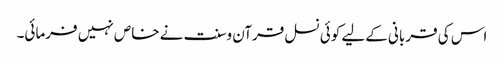
اس کی قربانی کےلیے کوئی نسل قرآن وسنت نے خاص نہیں فرمائی۔